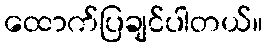
ထောက်ပြချင်ပါတယ်။